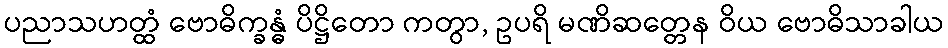
ပညာသဟတ္ထံ ဗောဓိက္ခန္ဓံ ပိဋ္ဌိတော ကတွာ, ဥပရိ မဏိဆတ္တေန ဝိယ ဗောဓိသာခါယ